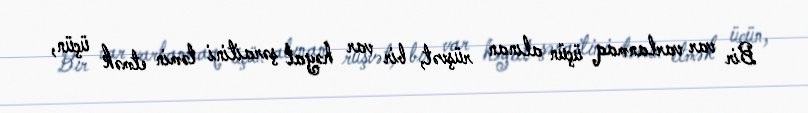
Bir var varlanmaq üçün alınan rüşvət, bir var həyat şəraitini təmin etmək üçün,